Report of the King Institute of Preventive Medicine, Guindy
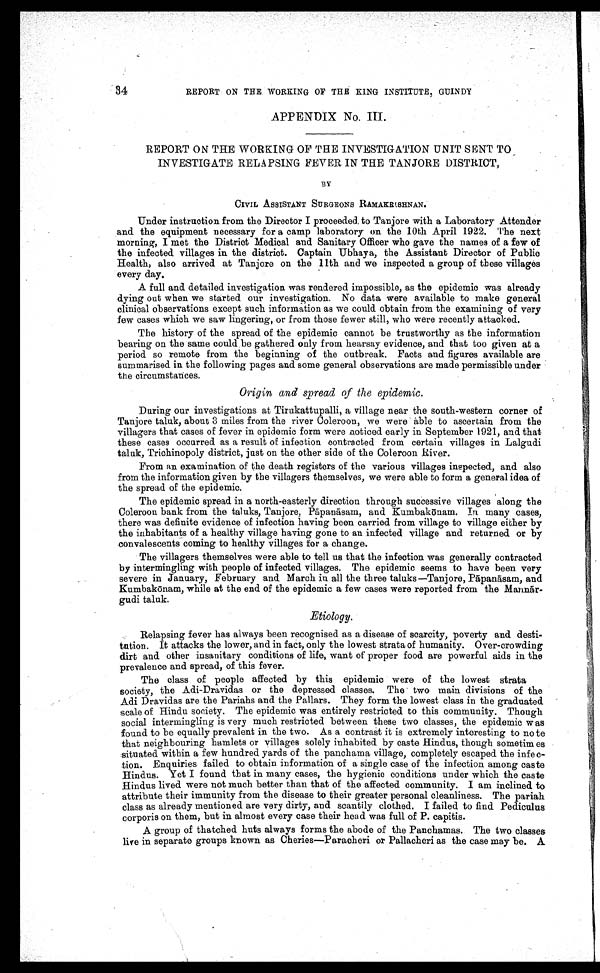
34
REPORT ON THE WORKING OF THE KING INSTITUTE, GUINDY
APPENDIX No. III.
REPORT ON THE WORKING OF THE INVESTIGATION UNIT SENT TO
INVESTIGATE RELAPSING FEVER IN THE TANJORE DISTRICT,
BY
CIVIL ASSISTANT SURGEONS RAMAKRISHNAN.
Under instruction from the Director I proceeded to Tanjore with a Laboratory Attender
and the equipment necessary for a camp laboratory on the 10th April 1922. The next
morning, I met the District Medical and Sanitary Officer who gave the names of a few of
the infected villages in the district. Captain Ubhaya, the Assistant Director of Public
Health, also arrived at Tanjore on the 11th and we inspected a group of these villages
every day.
A full and detailed investigation was rendered impossible, as the epidemic was already
dying out when we started our investigation. No data were available to make general
clinical observations except such information as we could obtain from the examining of very
few cases which we saw lingering, or from those fewer still, who were recently attacked.
The history of the spread of the epidemic cannot be trustworthy as the information
bearing on the same could be gathered only from hearsay evidence, and that too given at a
period so remote from the beginning of the outbreak. Facts and figures available are
summarised in the following pages and some general observations are made permissible under
the circumstances.
Origin and spread of the epidemic.
During our investigations at Tirukattupalli, a village near the south-western corner of
Tanjore taluk, about 3 miles from the river Coleroon, we were able to ascertain from the
villagers that cases of fever in epidemic form were noticed early in September 1921, and that
these cases occurred as a result of infection contracted from certain villages in Lalgudi
taluk, Trichinopoly district, just on the other side of the Coleroon River.
From an examination of the death registers of the various villages inspected, and also
from the information given by the villagers themselves, we were able to form a general idea of
the spread of the epidemic.
The epidemic spread in a north-easterly direction through successive villages along the
Coleroon bank from the taluks, Tanjore, Papan āsam, and Kumbakō nam. In many cases,
there was definite evidence of infection having been carried from village to village either by
the inhabitants of a healthy village having gone to an infected village and returned or by
convalescents coming to healthy villages for a change.
The villagers themselves were able to tell us that the infection was generally contracted
by intermingling with people of infected villages. The epidemic seems to have been very
severe in January, February and March in all the three taluks—Tanjore, P āpanāsam, and
Kumbakō nam, while at the end of the epidemic a few cases were reported from the Mann ā r
-gudi taluk.
Etiology.
Relapsing fever has always been recognised as a disease of scarcity, poverty and desti
-tution. It attacks the lower, and in fact, only the lowest strata of humanity. Over-crowding
dirt and other insanitary conditions of life, want of proper food are powerful aids in the
prevalence and spread, of this fever.
The class of people affected by this epidemic were of the lowest strata
society, the Adi-Dravidas or the depressed classes. The two main divisions of the
Adi Dravidas are the Pariahs and the Pallars. They form the lowest class in the graduated
scale of Hindu society. The epidemic was entirely restricted to this community. Though
social intermingling is very much restricted between these two classes, the epidemic was
found to be equally prevalent in the two. As a contrast it is extremely interesting to note
that neighbouring hamlets or villages solely inhabited by caste Hindus, though sometimes
situated within a few hundred yards of the panchama village, completely escaped the infec
-tion. Enquiries failed to obtain information of a single case of the infection among caste
Hindus. Yet I found that in many cases, the hygienic conditions under which the caste
Hindus lived were not much better than that of the affected community. I am inclined to
attribute their immunity from the disease to their greater personal cleanliness. The pariah
class as already mentioned are very dirty, and scantily clothed. I failed to find Pediculus
corporis on them, but in almost every case their head was full of P.capitis.
A group of thatched huts always forms the abode of the Panchamas. The two classes
live in separate groups known as Cheries—Paracheri or Pallacheri as the case may be. A